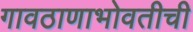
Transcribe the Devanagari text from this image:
गावठाणाभोवतीची